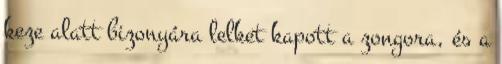
keze alatt bizonyára lelket kapott a zongora, és a